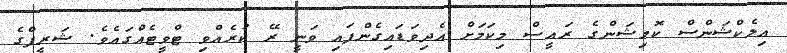
އިލެކްޝަންސް ކޮމިޝަންގެ ރައީސް މިކަމަށް އެދިވަޑައިގެންފައި ވަނީ ރޭ ކުރެއްވި ޓްވީޓެއްގައެވެ. ޝަރީފްގެ